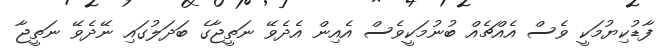
ފާޑުކިޔުމަކީ ވެސް އެއްޗެއް ބުނުމަކީވެސް އެއިން އެދެވޭ ނަތީޖާގެ ބަދަލުގައި ނޭދެވޭ ނަތީޖާ